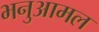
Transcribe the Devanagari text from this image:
भनुआमल